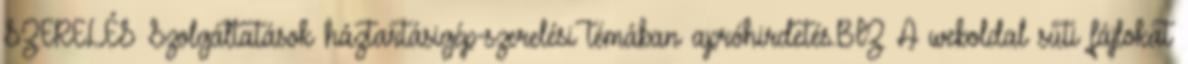
SZERELÉS Szolgáltatások háztartásigép-szerelési témában apróhirdetés.BIZ A weboldal süti fájlokat